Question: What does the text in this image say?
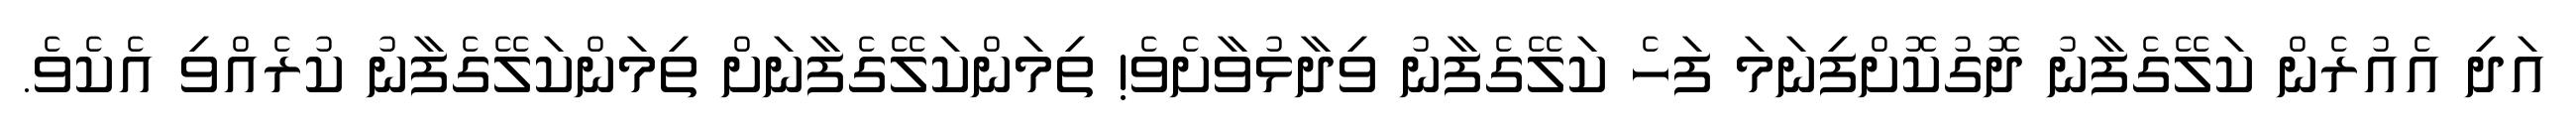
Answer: އަދި އެއުރެން ކަލޭގެފާނު ދޮގުކޮށްފިނަމަ ފަހެ ކަލޭގެފާނު ވިދާޅުވާށެވެ! ތިމަންކަލޭގެފާނަށް ތިމަންކަލޭގެފާނު ކުރެއްވި އެކެވެ.